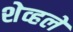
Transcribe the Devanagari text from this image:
शेव्हले